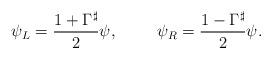
LaTeX: \begin{align*}\psi_L = \frac{1 + \Gamma^{\sharp}}{2} \psi, \hspace{10mm}\psi_R = \frac{1 - \Gamma^{\sharp}}{2} \psi.\end{align*}